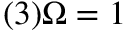
( 3 ) \Omega = 1